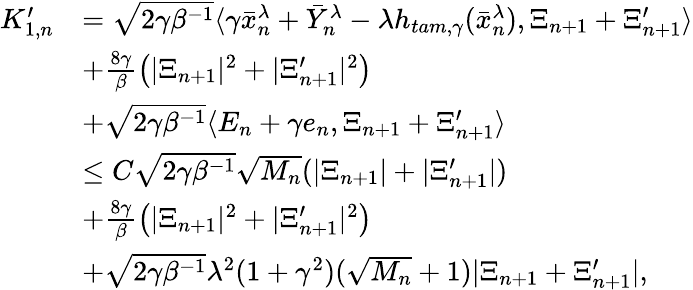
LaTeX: \begin{array}{rl}{K_{1,n}^{\prime}}&{=\sqrt{2\gamma\beta^{-1}}\langle\gamma\bar{x}_{n}^{\lambda}+\bar{Y}_{n}^{\lambda}-\lambda h_{tam,\gamma}(\bar{x}_{n}^{\lambda}),\Xi_{n+1}+\Xi_{n+1}^{\prime}\rangle}\\ &{+\frac{8\gamma}{\beta}\left(|\Xi_{n+1}|^{2}+|\Xi_{n+1}^{\prime}|^{2}\right)}\\ &{+\sqrt{2\gamma\beta^{-1}}\langle E_{n}+\gamma e_{n},\Xi_{n+1}+\Xi_{n+1}^{\prime}\rangle}\\ &{\leq C\sqrt{2\gamma\beta^{-1}}\sqrt{M_{n}}(|\Xi_{n+1}|+|\Xi_{n+1}^{\prime}|)}\\ &{+\frac{8\gamma}{\beta}\left(|\Xi_{n+1}|^{2}+|\Xi_{n+1}^{\prime}|^{2}\right)}\\ &{+\sqrt{2\gamma\beta^{-1}}\lambda^{2}(1+\gamma^{2})(\sqrt{M_{n}}+1)|\Xi_{n+1}+\Xi_{n+1}^{\prime}|,}\end{array}